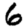
Digit: 6